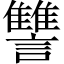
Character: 讐